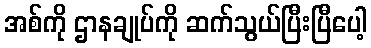
အစ်ကို ဌာနချုပ်ကို ဆက်သွယ်ပြီးပြီပေါ့